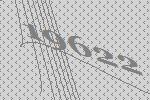
19622